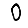
Digit: 0